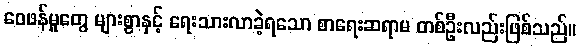
ဝေဖန်မှုတွေ များစွာနှင့် ရေးသားလာခဲ့ရသော စာရေးဆရာမ တစ်ဦးလည်းဖြစ်သည်။